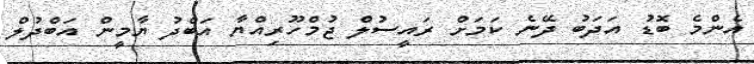
އެންމެ ބޮޑު އަދަބު ދޭނެ ކަމަށް ރައީސުލް ޖުމްހޫރިއްޔާ އަބްދު ޔާމީން އަބްދުލް